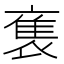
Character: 𬡡